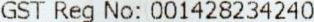
GST REG NO: 001428234240